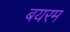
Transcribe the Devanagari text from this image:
बयरम